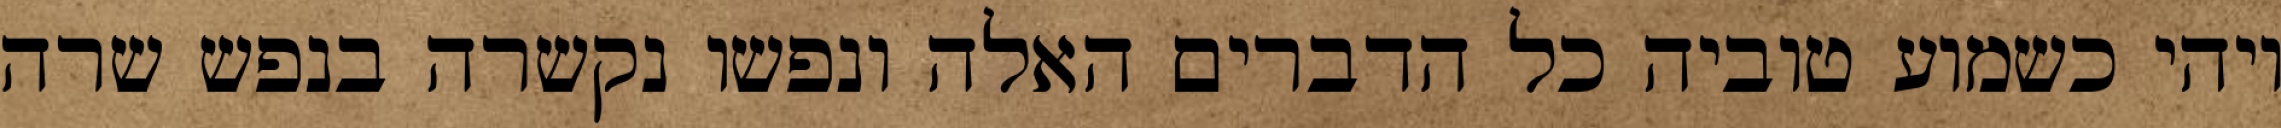
ויהי כשמוע טוביה כל הדברים האלה ונפשו נקשרה בנפש שרה